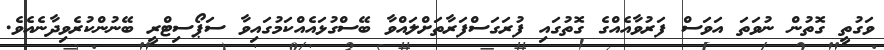
ވަގުތީ ގޮތުން ނުވަތަ އަވަސް ފަރުވާއެއްގެ ގޮތުގައި ފުރަގަސްފަރާތަށްލައްވާ ބޭސްގުޅައެއްކަމުގައިވާ ސަޕޯސިޓްރީ ބޭނުންކުރެވިދާނެއެވެ.